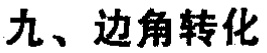
九、边角转化